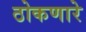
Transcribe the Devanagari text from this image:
ठोकणारे